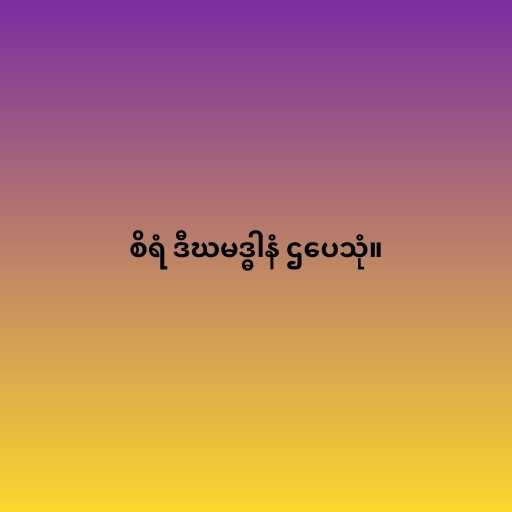
စိရံ ဒီဃမဒ္ဓါနံ ဌပေသုံ။